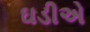
ઘડીએ